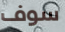
سوف